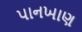
પાનખાણ